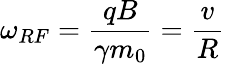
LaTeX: \omega_{RF}=\frac{qB}{\gamma m_{0}}=\frac{v}{R}